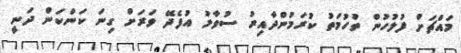
މައްޗަށް ފުލުހުން ތުހުމަތު ކުރަމުންދާއިރު ސުވާލު އުފެދޭ ވަރަށް ގިނަ ކަންކަން ދަނީ